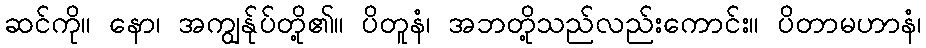
ဆင်ကို။ နော၊ အကျွန်ုပ်တို့၏။ ပိတူနံ၊ အဘတို့သည်လည်းကောင်း။ ပိတာမဟာနံ၊